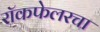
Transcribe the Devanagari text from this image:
रॉकफेलरचा